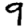
Digit: 9